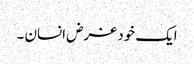
ایک خود غرض انسان ۔